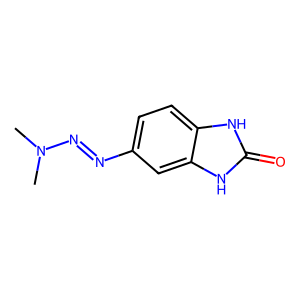
SMILES: CN(C)N=Nc1ccc2[nH]c(=O)[nH]c2c1
Inhibits HIV replication: No